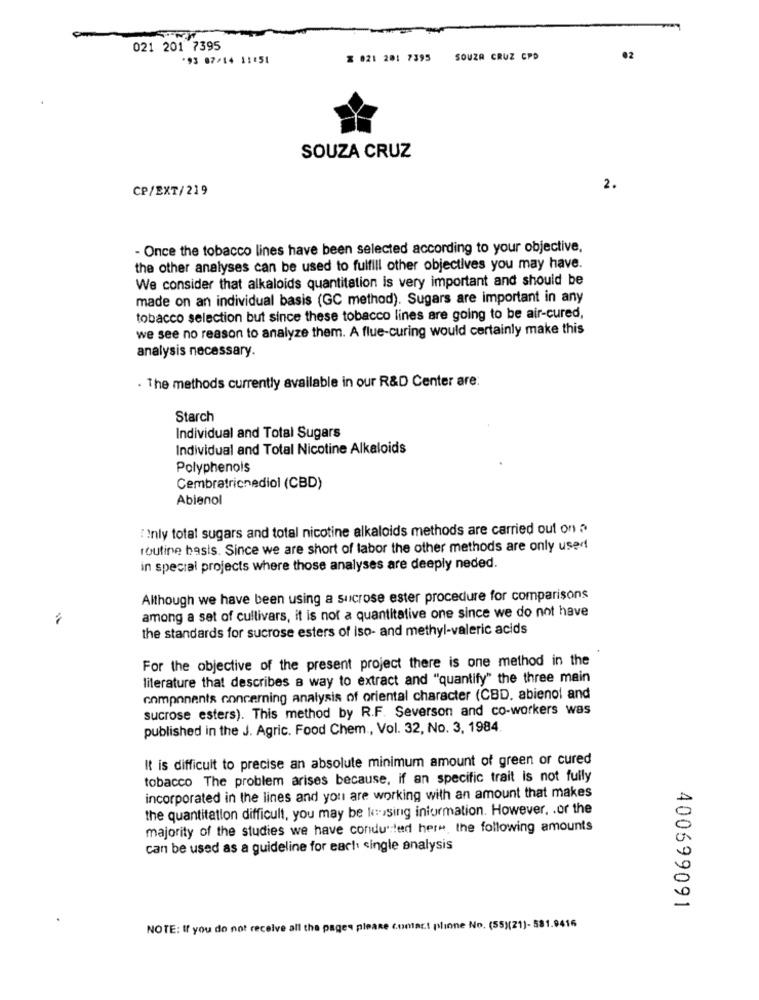
021 201 7395
*93 07/14 11:51
% 021 201 7395 SOUZA CRUZ CPD
02
SOUZA CRUZ
CP/EXT/219
2.
- Once the tobacco lines have been selected according to your objective,
the other analyses can be used to fulfill other objectives you may have.
We consider that alkaloids quantitation is very important and should be
made on an individual basis (GC method). Sugars are important in any
tobacco selection but since these tobacco lines are going to be air-cured,
we see no reason to analyze them. A flue-curing would certainly make this
analysis necessary.
. The methods currently available in our R&D Center are:
Starch
Individual and Total Sugars
Individual and Total Nicotine Alkaloids
Polyphenols
Cembratricnediol (CBD)
Abienol
"Inly total sugars and total nicotine alkaloids methods are carried out on ?
routine basis. Since we are short of labor the other methods are only used!
in special projects where those analyses are deeply neded.
Although we have been using a sucrose ester procedure for comparisons
among a set of cultivars, it is not a quantitative one since we do not have
the standards for sucrose esters of iso- and methyl-valeric acids
For the objective of the present project there is one method in the
literature that describes a way to extract and "quantify" the three main
components concerning analysis of oriental character (CBD, abienol and
sucrose esters). This method by R.F. Severson and co-workers was
published in the J. Agric. Food Chem ., Vol. 32, No. 3, 1984
It is difficult to precise an absolute minimum amount of green or cured
tobacco The problem arises because, if an specific trait is not fully
incorporated in the lines and you are working with an amount that makes
the quantitation difficult, you may be kissing information. However. . or the
majority of the studies we have condu :led here, the following amounts
can be used as a guideline for each single analysis
400699091
NOTE: If you do not receive all the pages please contar .! plione No. (55)(21)- 581.9416